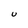
Character: U